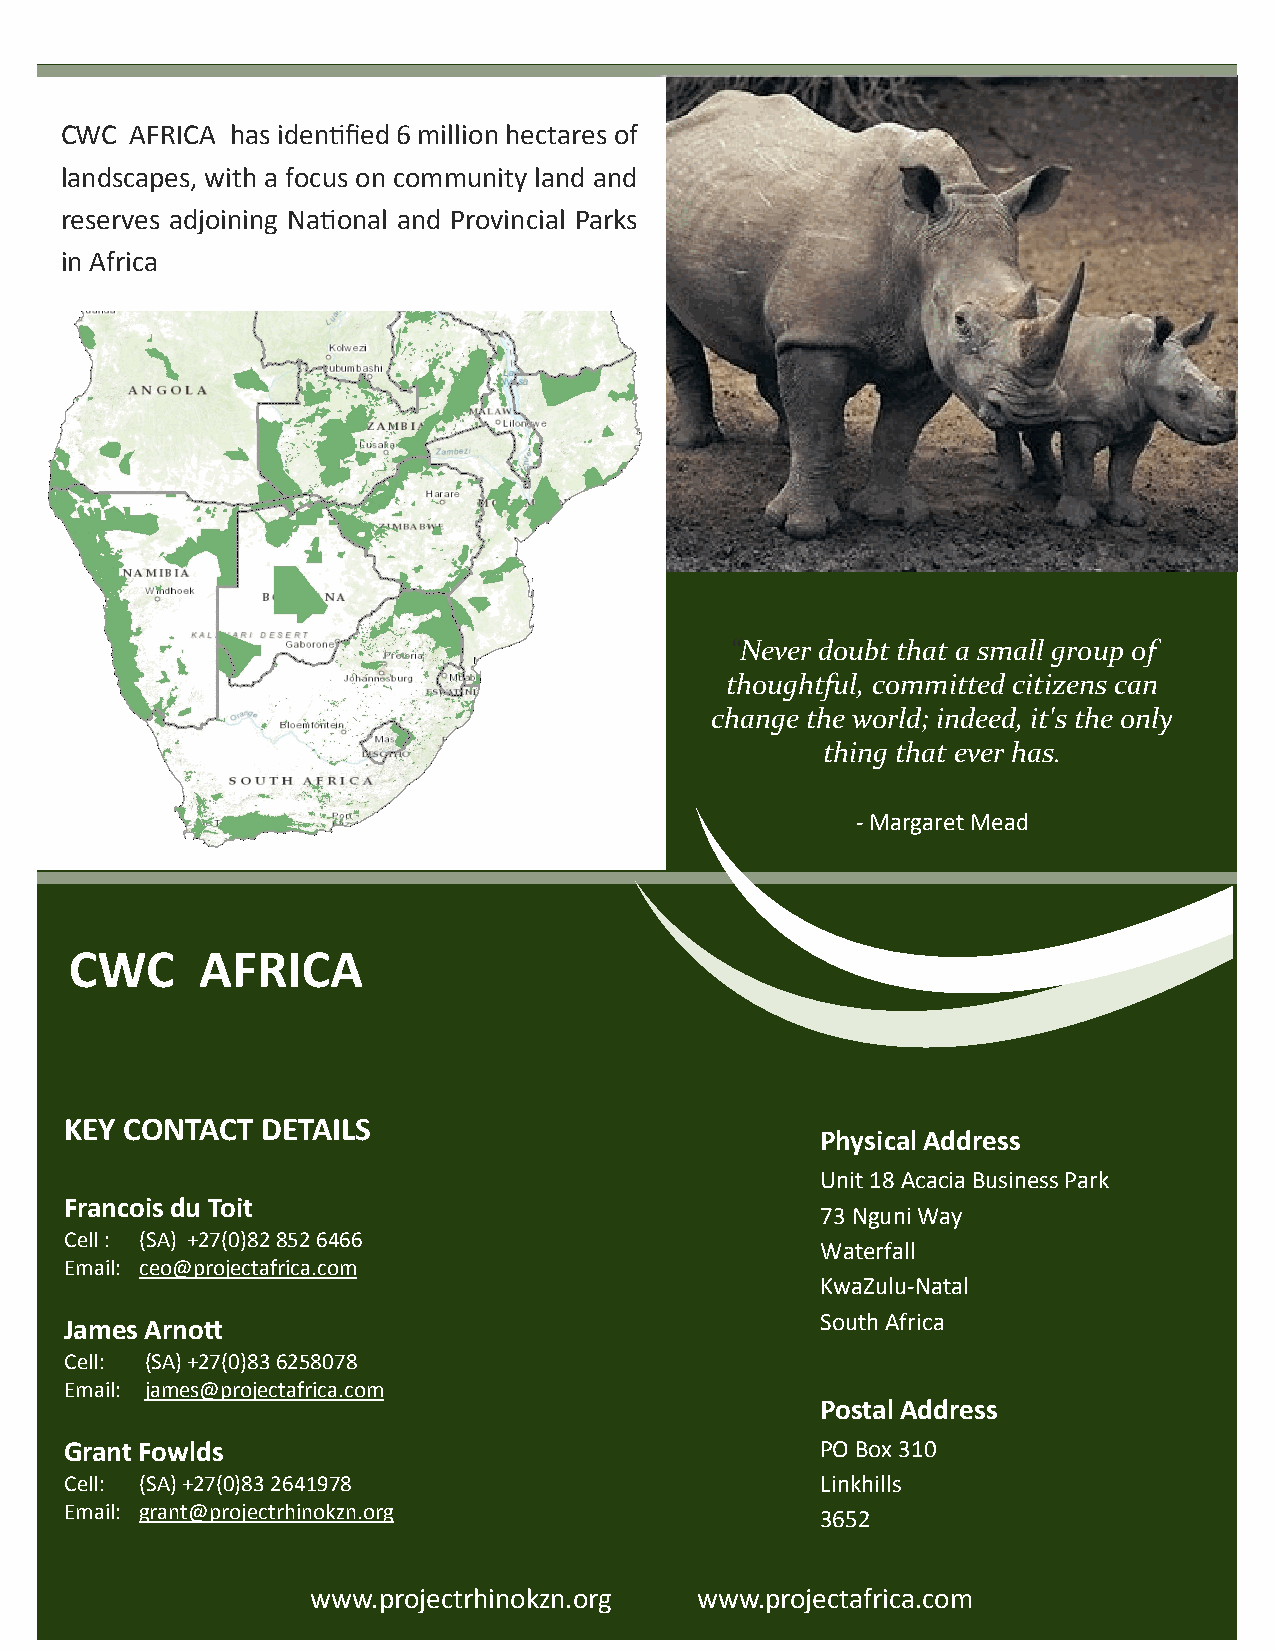
PORTFOLIO        OF  PROJECTS
 CWC  AFRICA has identified 6 million hectares of
 landscapes, with a focus on community land and
 reserves adjoining National and Provincial Parks
 in Africa
 “Never doubt that a small group of
 thoughtful, committed citizens can
 change the world; indeed, it's the only
 thing that ever has.
 - Margaret Mead
 CWC     AFRICA
 KEY CONTACT  DETAILS
 Physical Address
 Unit 18 Acacia Business Park
 Francois du Toit
 73 Nguni Way
 Cell : (SA) +27(0)82 852 6466
 Waterfall
 Email: ceo@projectafrica.com
 KwaZulu-Natal
 James Arnott                                      South Africa
 Cell: (SA) +27(0)83 6258078
 Email: james@projectafrica.com
 Postal Address
 Grant Fowlds                                      PO Box 310
 Cell: (SA) +27(0)83 2641978                       Linkhills
 Email: grant@projectrhinokzn.org
 3652
 www.projectrhinokzn.org  www.projectafrica.com